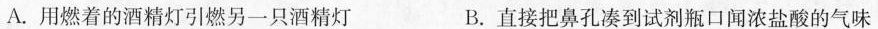
A.用燃着的酒精灯引燃另一只酒精灯 B.直接把鼻孔凑到试剂瓶口闻浓盐酸的气味